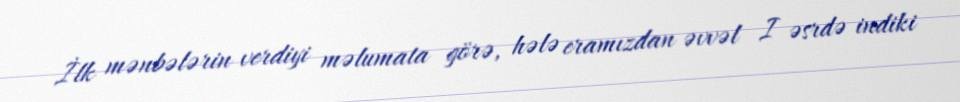
İlk mənbələrin verdiyi məlumata görə, hələ eramızdan əvvəl I əsrdə indiki